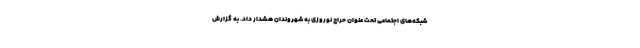
شبکه‌های اجتماعی تحت عنوان حراج نوروزی به شهروندان هشدار داد. به گزارش